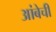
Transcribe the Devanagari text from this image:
आंबेची